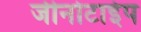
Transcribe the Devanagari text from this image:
जीनोटाईप